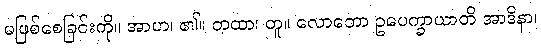
မဖြစ်စေခြင်းကို။ အာဟ၊ ၏။ တထာ၊ တူ။ လောဘော ဥပေက္ခာယာတိ အာဒိနာ၊